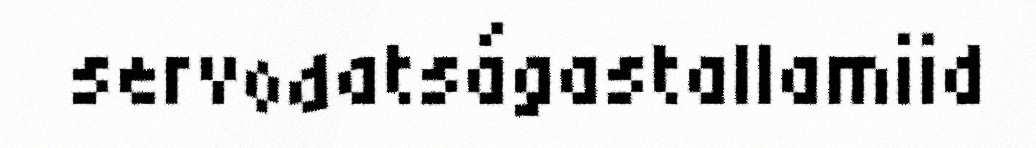
servodatságastallamiid